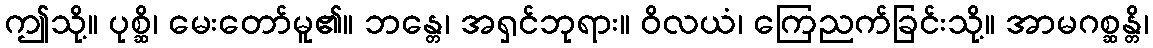
ဤသို့။ ပုစ္ဆိ၊ မေးတော်မူ၏။ ဘန္တေ၊ အရှင်ဘုရား။ ဝိလယံ၊ ကြေညက်ခြင်းသို့။ အာမဂစ္ဆန္တိ၊